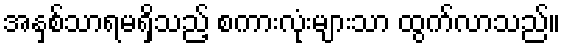
အနှစ်သာရမရှိသည့် စကားလုံးများသာ ထွက်လာသည်။